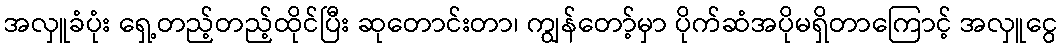
အလှူခံပုံး ရှေ့တည့်တည့်ထိုင်ပြီး ဆုတောင်းတာ၊ ကျွန်တော့်မှာ ပိုက်ဆံအပိုမရှိတာကြောင့် အလှူငွေ